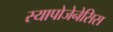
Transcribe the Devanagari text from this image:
स्यापोजेनेसिस